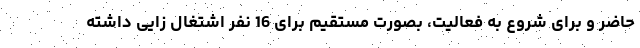
حاضر و برای شروع به فعالیت، بصورت مستقیم برای 16 نفر اشتغال زایی داشته